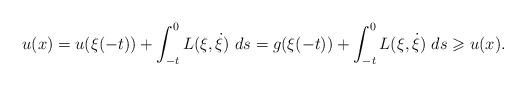
LaTeX: \begin{align*}u(x)=u(\xi(-t))+\int^0_{-t}L(\xi,\dot{\xi})\ ds=g(\xi(-t))+\int^0_{-t}L(\xi,\dot{\xi})\ ds\geqslant u(x).\end{align*}